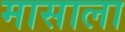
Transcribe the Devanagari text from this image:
मासाला